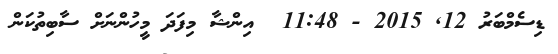
ޑިސެމްބަރު 12